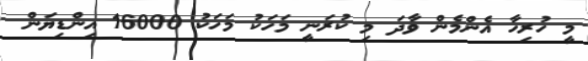
މީ ހުރިހާ އެންމެން ވާދަ މި ކުރަނީ މަހަކު މަހަކު 16000 އިންޑިޔަން